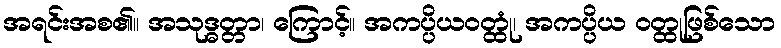
အရင်းအစ၏။ အသုဒ္ဓတ္တာ၊ ကြောင့်။ အကပ္ပိယဝတ္ထုံ၊ အကပ္ပိယ ဝတ္ထုဖြစ်သော